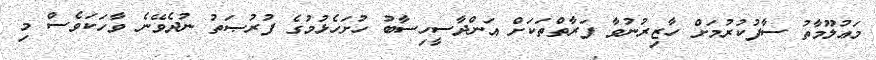
މަޢުލޫމާތު ސާފުކުރުމަށް ހާޒިރުނުވާ ފަރާތްތަކަށް އަންދާސީހިސާބު ހުށަހެޅުމުގެ ފުރުޞަތު ނުދެވޭނެ ވާހަކަވެސް މި